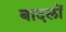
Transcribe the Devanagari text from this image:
बादलाें